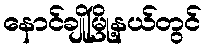
နောင်ချိုမြို့နယ်တွင်